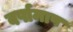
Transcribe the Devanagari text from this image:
वर्षामाप